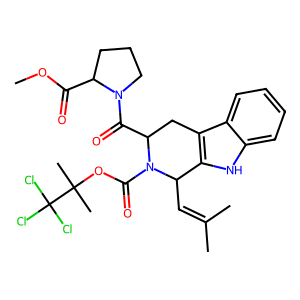
SMILES: COC(=O)C1CCCN1C(=O)C1Cc2c([nH]c3ccccc23)C(C=C(C)C)N1C(=O)OC(C)(C)C(Cl)(Cl)Cl
Inhibits HIV replication: No